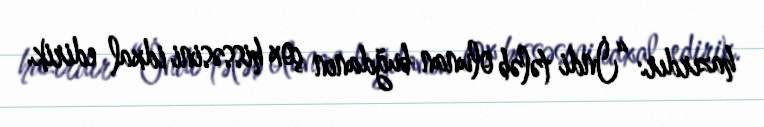
hazırdır: “İndi tələb olunan buğdanın çox hissəsini idxal edirik.